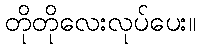
တိုတိုလေးလုပ်ပေး။